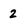
Character: 2